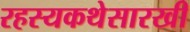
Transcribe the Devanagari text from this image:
रहस्यकथेसारखी